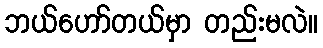
ဘယ်ဟော်တယ်မှာ တည်းမလဲ။